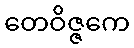
တေဝိဇ္ဇကေ